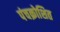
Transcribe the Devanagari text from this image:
पंचक्रोशित